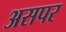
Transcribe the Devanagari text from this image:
असपर